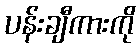
ပန်းချီကားကို